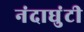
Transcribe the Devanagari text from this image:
नंदाघुंटी